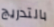
بالتدريج